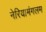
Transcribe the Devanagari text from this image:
नेरियामंगलम